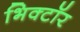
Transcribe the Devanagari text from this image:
भिक्टॉर